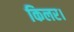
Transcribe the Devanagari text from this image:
किलर।